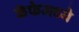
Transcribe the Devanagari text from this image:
कॅफेमध्ये